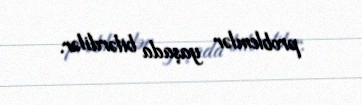
problemlər yaşada bilərdilər.